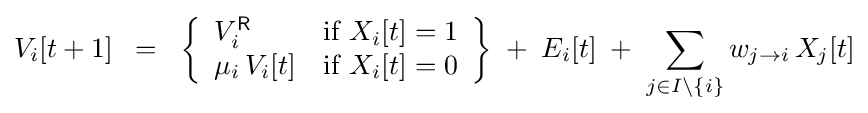
V_{i}[t+1]\;\;=\;\;\left\{{\begin{array}{ll}V_{i}^{\mathsf {R}}&\mathrm {if} \;X_{i}[t]=1\\\mu _{i}\,V_{i}[t]&\mathrm {if} \;X_{i}[t]=0\end{array}}\right\}\;+\;E_{i}[t]\;+\;\sum _{j\in I\setminus \{i\}}w_{j\to i}\,X_{j}[t]